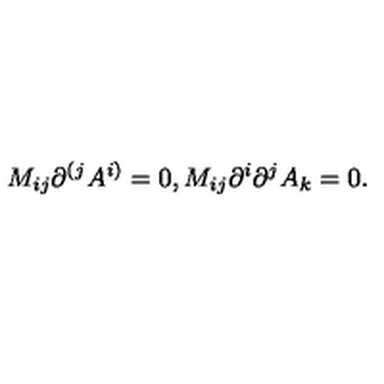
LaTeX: M _ { i j } \partial ^ { ( j } A ^ { i ) } = 0 , M _ { i j } \partial ^ { i } \partial ^ { j } A _ { k } = 0 .